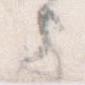
上